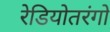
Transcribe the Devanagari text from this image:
रेडियोतरंगो